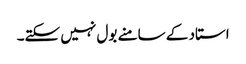
استاد کے سامنے بول نہیں سکتے۔